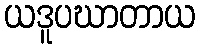
ယဒူပဃာတာယ